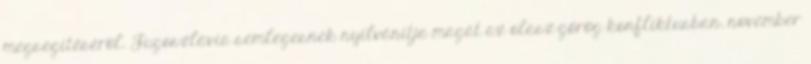
megsegítésérõl. Jugoszlávia semlegesnek nyilvánítja magát az olasz-görög konfliktusban. november